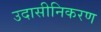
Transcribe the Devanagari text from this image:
उदासीनिकरण